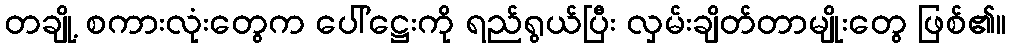
တချို့ စကားလုံးတွေက ပေါ်ဋ္ဌေးကို ရည်ရွယ်ပြီး လှမ်းချိတ်တာမျိုးတွေ ဖြစ်၏။